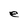
Character: e